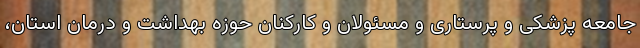
جامعه پزشکی و پرستاری و مسئولان و کارکنان حوزه بهداشت و درمان استان،